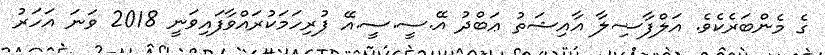
ގެ މެންބަރެކެވެ. އަލްފާޟިލާ އާއިޝަތު ޢަބްދު އޭ.ސީ.ސީ.އޭ ފުރިހަމަކުރައްވާފައިވަނީ 2018 ވަނަ އަހަރު